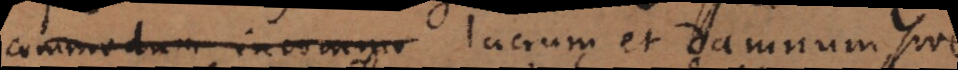
commodum incommo lucrum et damnum, sive